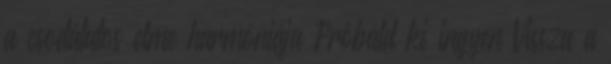
a csodálatos elme harmóniája Próbáld ki ingyen Vissza a